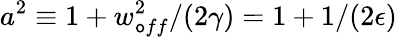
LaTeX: a^{2}\equiv1+w_{\mathtt{o}ff}^{2}/(2\gamma)=1+1/(2\epsilon)